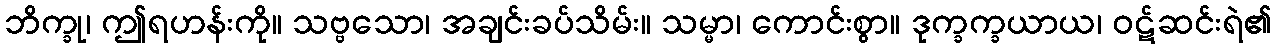
ဘိက္ခု၊ ဤရဟန်းကို။ သဗ္ဗသော၊ အချင်းခပ်သိမ်း။ သမ္မာ၊ ကောင်းစွာ။ ဒုက္ခက္ခယာယ၊ ဝဋ်ဆင်းရဲ၏